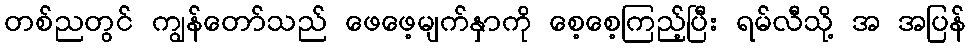
တစ်ညတွင် ကျွန်တော်သည် ဖေဖေ့မျက်နှာကို စေ့စေ့ကြည့်ပြီး ရမ်လီသို့ အ အပြန်